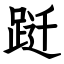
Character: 跹